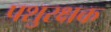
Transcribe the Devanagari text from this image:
पशुरक्षक